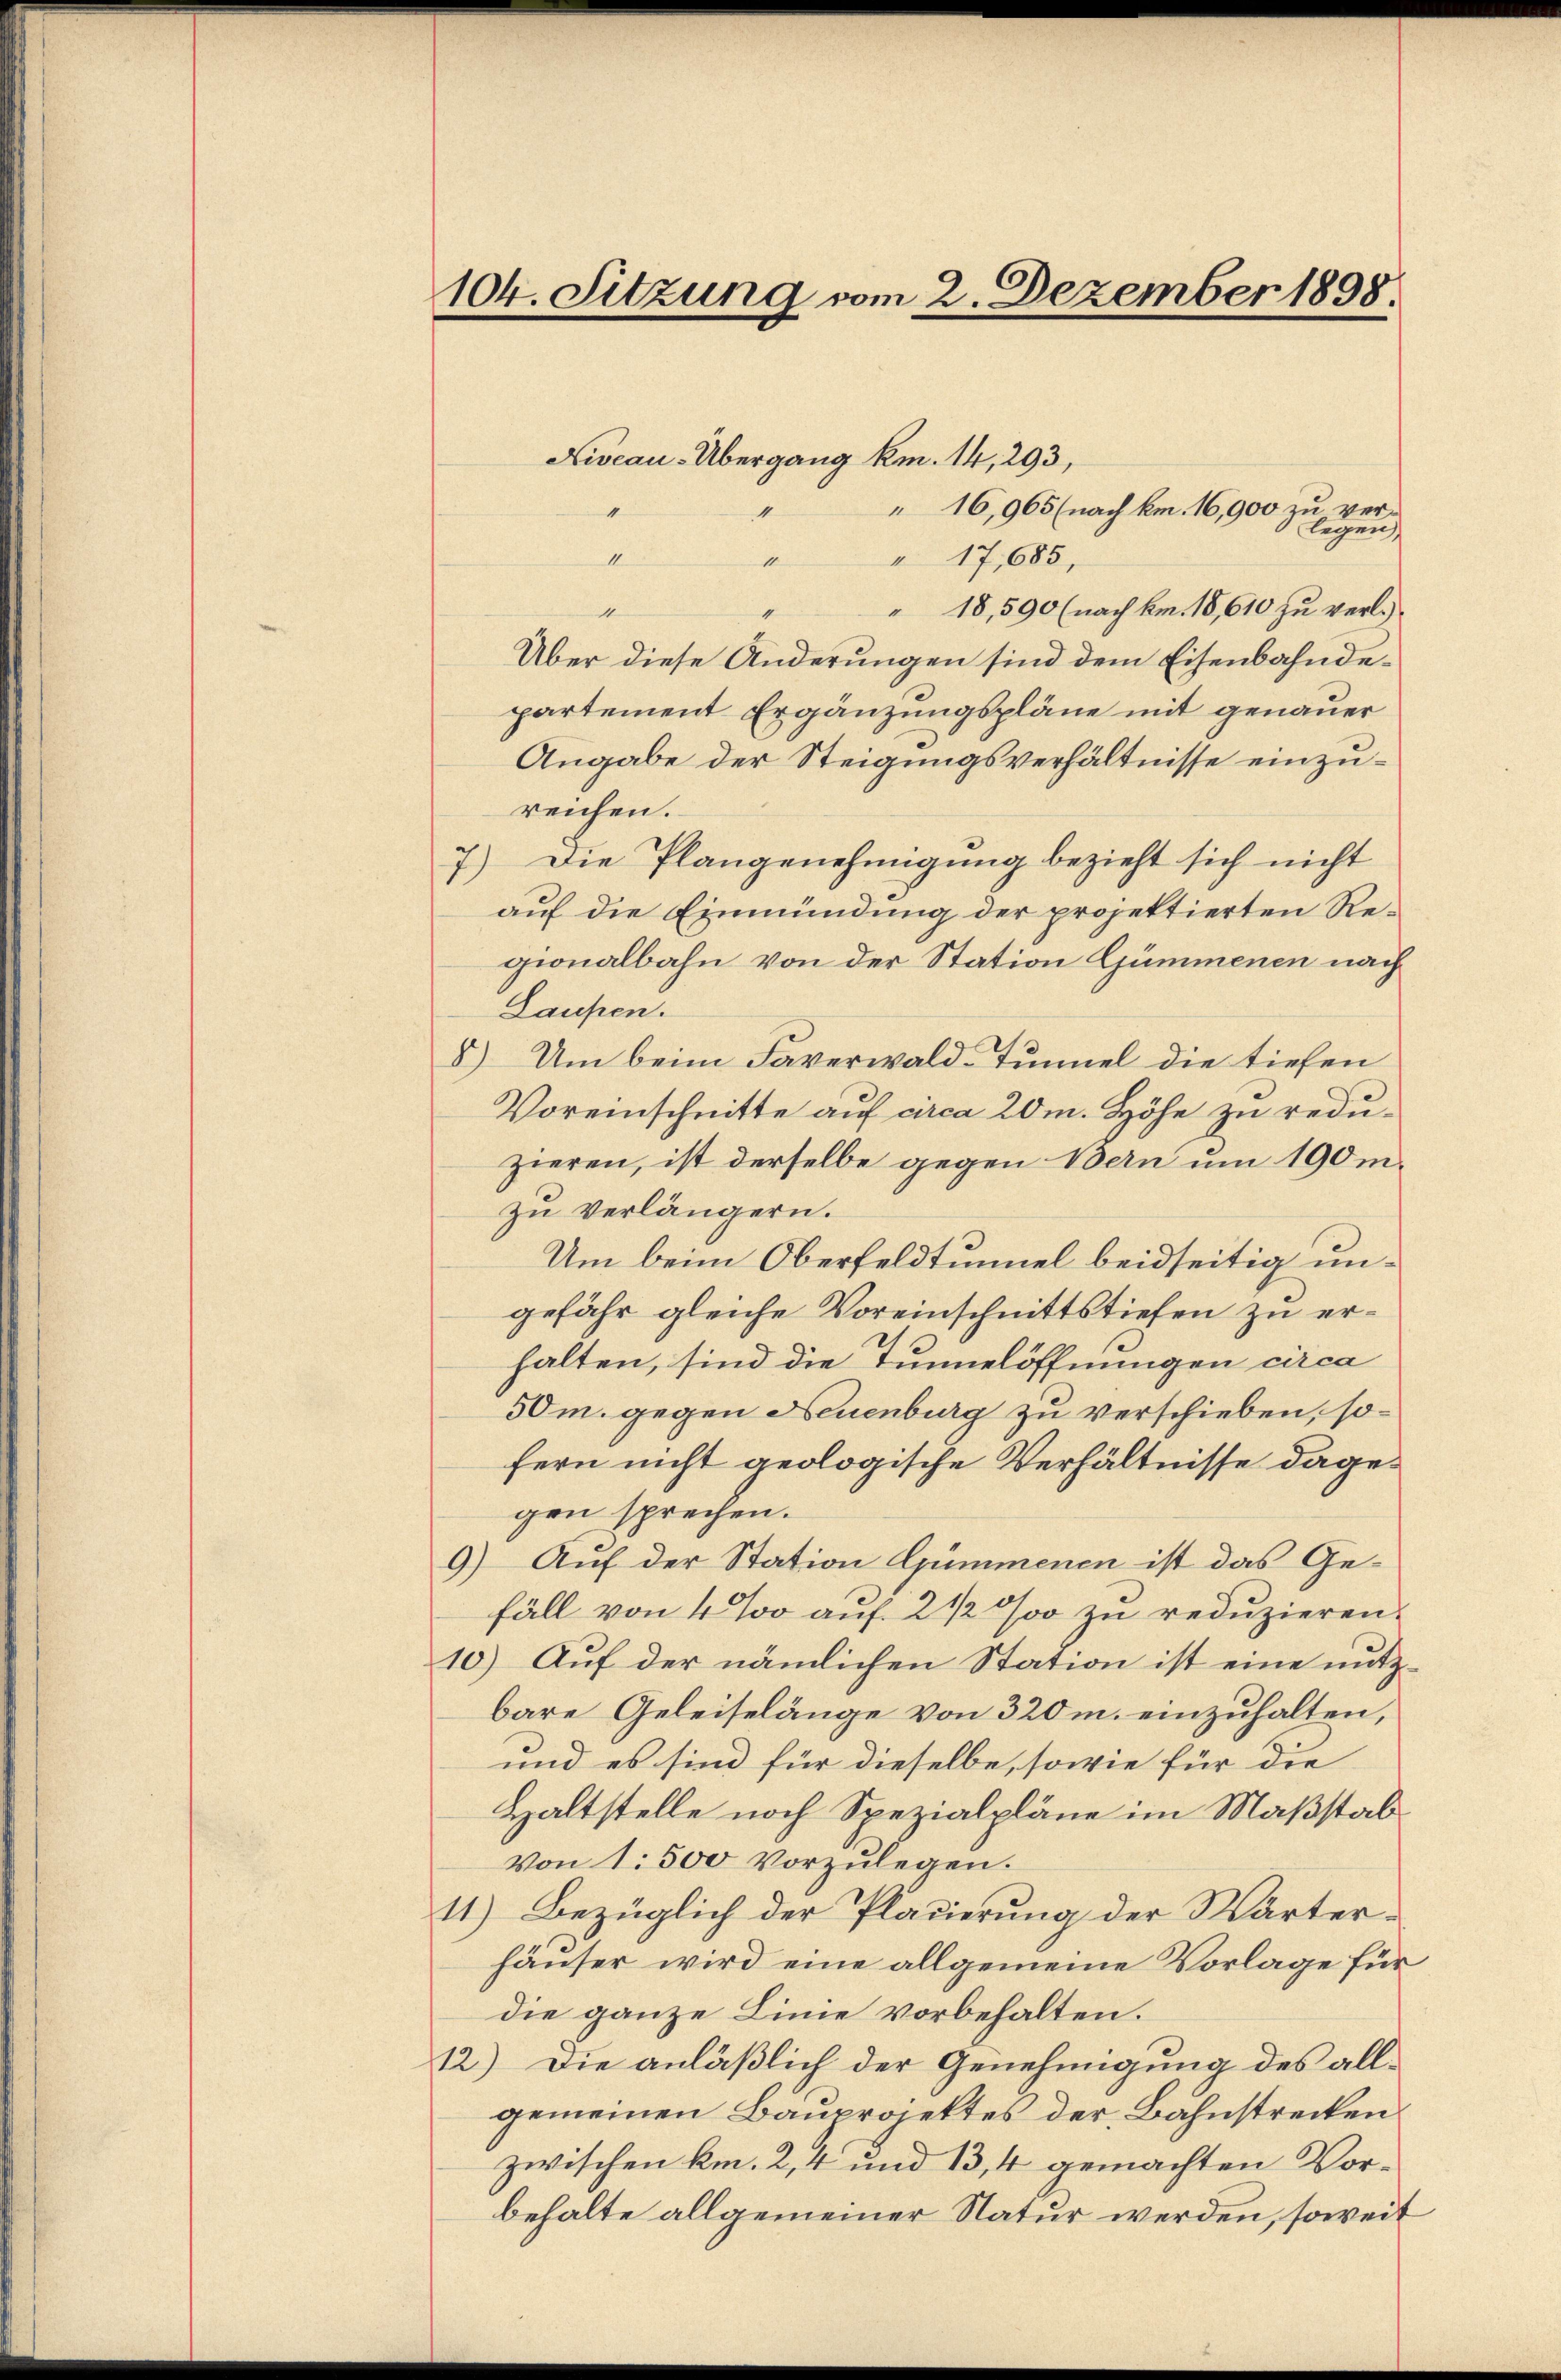
104. Sitzung vom 2. Dezember 1898.

Niveau-Übergang km. 14, 293,
16,965 (nach km. 16,900 zu ver¬
4
1
legen
" 17,685,
I
11
11
" 18,590 (nach km. 18,610 zu verl.
Über diese Änderungen sind dem Eisenbahnde
partement Ergänzungspläne mit genauer
Angabe der Steigungsverhältnisse einzureichen.
7.) Die Plangenehmigung bezieht sich nicht
auf die Einmündung der projektierten Regionalbahn von der Station Gümmenen nach
Laupen.
8) Um beim Faverwald-Tunnel die tiefen
Voreinschnitte auf circa 20m Höhe zu reduzieren, ist derselbe gegen Bern um 190 m.
zu verlängern.
Um beim Oberfeldtunnel beidseitig ungefähr gleiche Voreinschnittstiefen zu erhalten, sind die Tunnelöffnungen circa
50m. gegen Neuenburg zu verschieben, sofern nicht geologische Verhältnisse dagegen sprechen.
9) Auf der Station Gummenen ist das Gefäll von 4 ‰ auf 2 1/2 % zu reduzieren.
10.) Auf der nämlichen Station ist eine nutzbare Geleiselänge von 320 m. einzuhalten,
und es sind für dieselbe, sowie für die
Haltstelle noch Spezialpläne im Maßstab¬
Von 1500 vorzulegen.
11) Bezüglich der Plauerung der Wärterhäuser wird eine allgemeine Vorlage für
die ganze Linie vorbehalten.
12.) Die anläßlich der Genehmigung des allgemeinen Bauprojektes der Bahnstrecken
zwischen km. 2, 4 und 13,4 gemachten Vorbehalte allgemeiner Natur werden, soweit